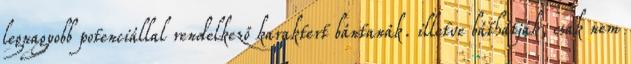
legnagyobb potenciállal rendelkező karaktert bántanák. illetve báthatják, csak nem